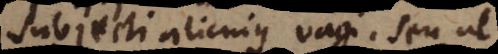
subjecti alicujus vagi; seu ut